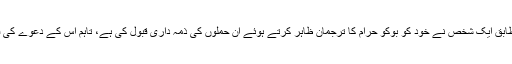
خبر رساں ادارے ڈی پی اے کے مطابق ایک شخص نے خود کو بوکو حرام کا ترجمان ظاہر کرتے ہوئے ان حملوں کی ذمہ داری قبول کی ہے، تاہم اس کے دعوے کی فوری طور پر تصدیق نہیں ہو سکی۔